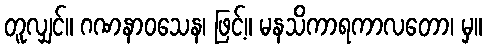
တူလျှင်။ ဂဏနာဝသေန၊ ဖြင့်။ မနသိကာရကာလတော၊ မှ။